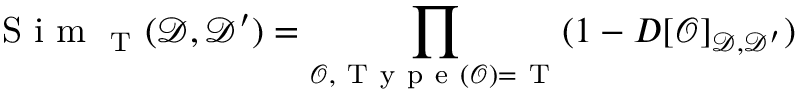
\mathrm { ~ S ~ i ~ m ~ } _ { \mathrm { ~ T ~ } } ( \mathcal { D } , \mathcal { D ^ { \prime } } ) = \prod _ { \mathcal { O } , \mathrm { ~ T ~ y ~ p ~ e ~ } ( \mathcal { O } ) = \mathrm { ~ T ~ } } ( 1 - D [ \mathcal { O } ] _ { \mathcal { D } , \mathcal { D ^ { \prime } } } )